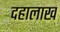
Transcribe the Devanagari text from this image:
दहालाख